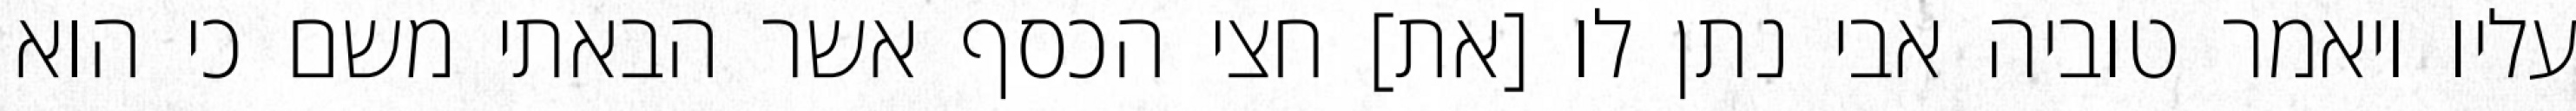
עליו ויאמר טוביה אבי נתן לו [את] חצי הכסף אשר הבאתי משם כי הוא